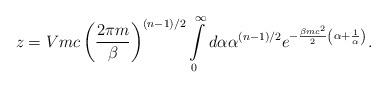
LaTeX: \begin{align*}z=Vmc\left (\frac {2\pi m}{\beta}\right )^{(n-1)/2}\int \limits_0^{\infty} d\alpha \alpha ^{(n-1)/2}e^{-\frac {\beta mc^2}{2}\left (\alpha +\frac {1}{\alpha }\right )}.\end{align*}